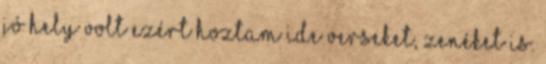
jó hely volt Ezért hoztam ide verseket, zenéket is.